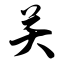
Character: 关